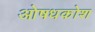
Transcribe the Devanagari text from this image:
ओषधकोश